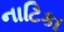
નાટિકા